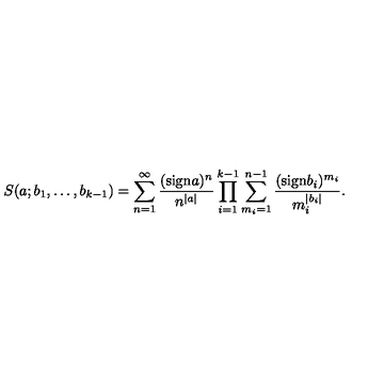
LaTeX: S ( a ; b _ { 1 } , \ldots , b _ { k - 1 } ) = \sum _ { n = 1 } ^ { \infty } \frac { ( \mathrm { s i g n } a ) ^ { n } } { n ^ { | a | } } \prod _ { i = 1 } ^ { k - 1 } \sum _ { m _ { i } = 1 } ^ { n - 1 } \frac { ( \mathrm { s i g n } b _ { i } ) ^ { m _ { i } } } { m _ { i } ^ { | b _ { i } | } } .